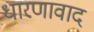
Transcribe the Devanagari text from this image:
धारणावाद